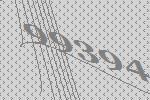
99394